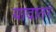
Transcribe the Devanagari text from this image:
यादातर